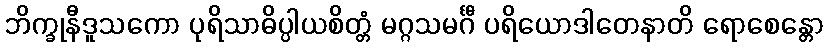
ဘိက္ခုနီဒူသကော ပုရိသာဓိပ္ပါယစိတ္တံ မဂ္ဂသမင်္ဂီ ပရိယောဒါတေနာတိ ရောစေန္တော